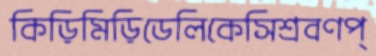
কিড়িমিড়িডেলিকেসিশ্রবণপ্